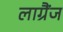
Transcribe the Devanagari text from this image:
लाग्रैंज